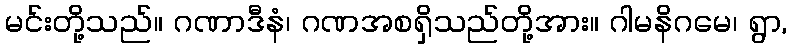
မင်းတို့သည်။ ဂဏာဒီနံ၊ ဂဏအစရှိသည်တို့အား။ ဂါမနိဂမေ၊ ရွာ,